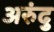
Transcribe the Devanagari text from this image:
अरुंदु